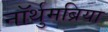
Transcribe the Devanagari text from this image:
नॉर्थुमब्रिया